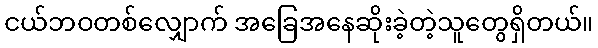
ငယ်ဘဝတစ်လျှောက် အခြေအနေဆိုးခဲ့တဲ့သူတွေရှိတယ်။